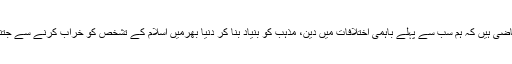
پاکستان کے موجودہ حالات اس بات کے متقاضی ہیں کہ ہم سب سے پہلے باہمی اختلافات میں دین، مذہب کو بنیاد بنا کر دنیا بھرمیں اسلام کے تشخص کو خراب کرنے سے جتنا اجتناب کرسکتے ہیں، اس قدر ہی بہتر ہے۔